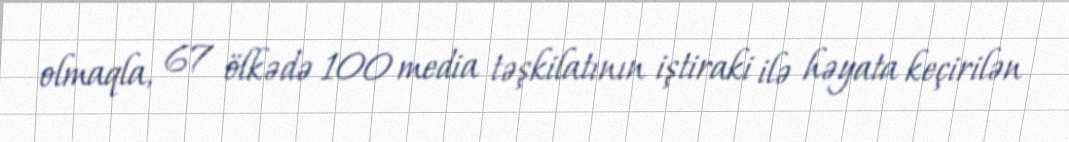
olmaqla, 67 ölkədə 100 media təşkilatının iştiraki ilə həyata keçirilən